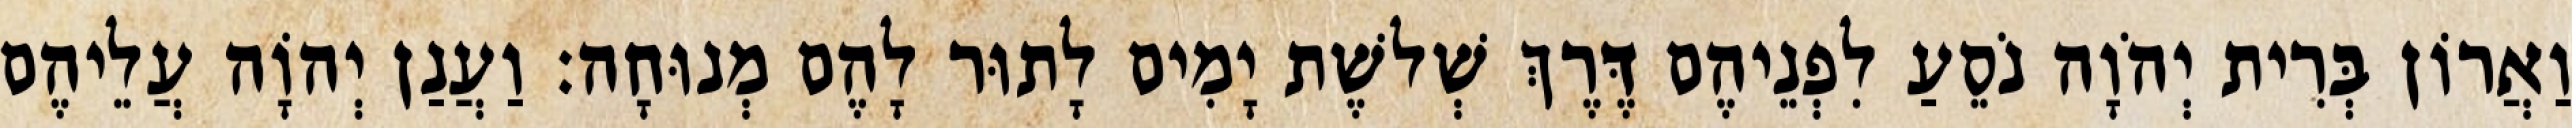
וַאֲרוֹן בְּרִית יְהֹוָה נֹסֵעַ לִפְנֵיהֶם דֶּרֶךְ שְׁלשֶׁת יָמִים לָתוּר לָהֶם מְנוּחָה׃ וַעֲנַן יְהוָֹה עֲלֵיהֶם